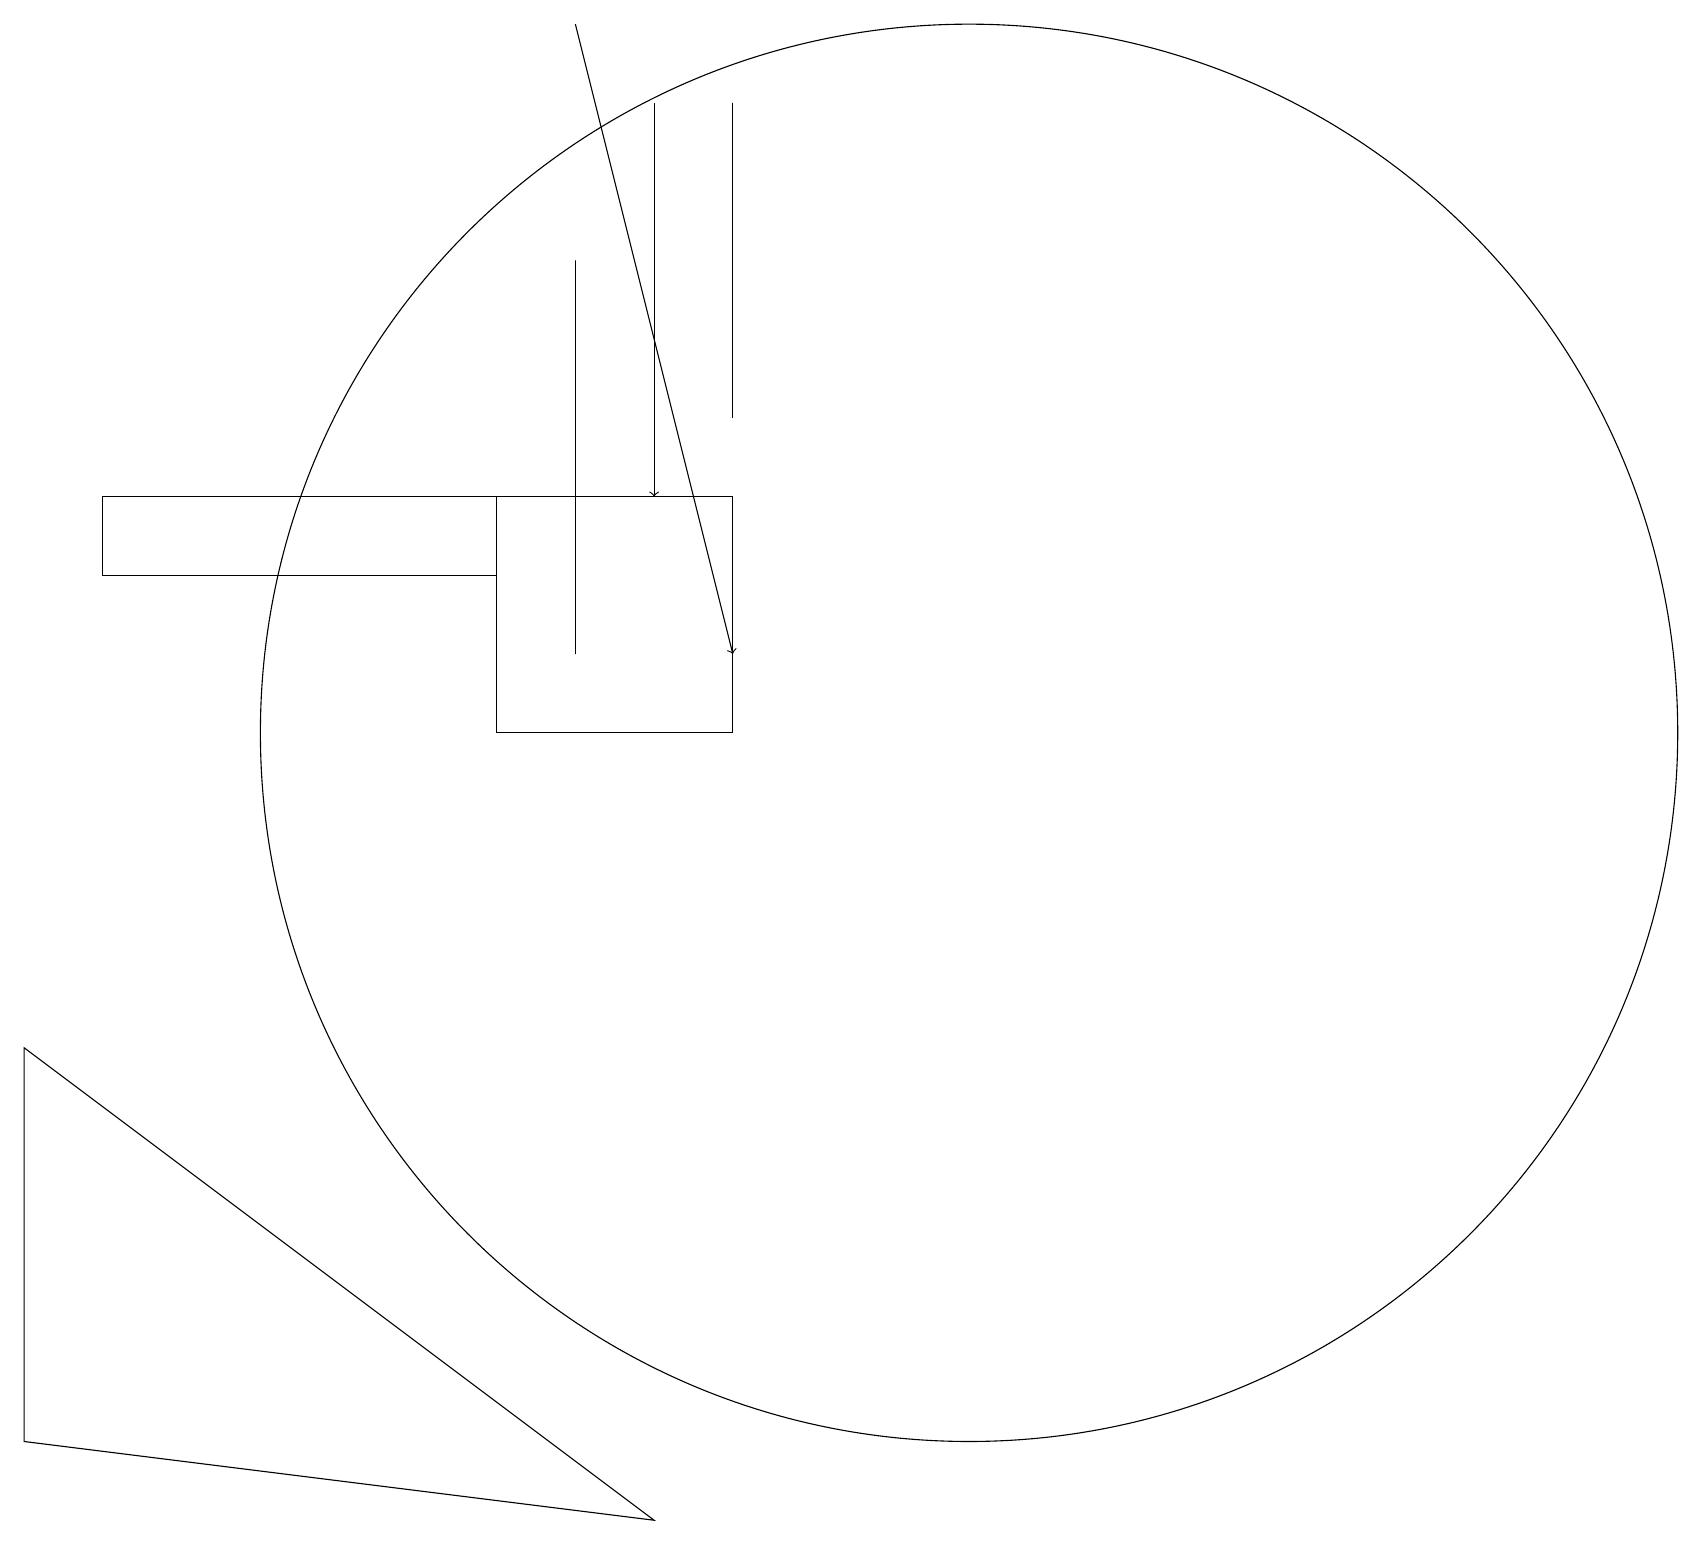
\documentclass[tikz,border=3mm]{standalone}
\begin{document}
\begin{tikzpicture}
\draw[->] (7,19) -- (9,11);
\draw (6,10) rectangle (9,13);
\draw (12,10) circle (9);
\draw (9,14) rectangle (9,18);
\draw[->] (8,18) -- (8,13);
\draw (7,11) rectangle (7,16);
\draw (0,6) -- (0,1) -- (8,0) -- cycle;
\draw (1,13) rectangle (6,12);
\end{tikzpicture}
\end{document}